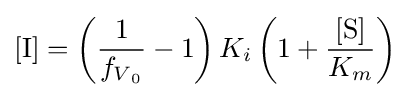
[{\ce {I}}]=\left({\frac {1}{f_{V{_{0}}}}}-1\right)K_{i}\left(1+{\frac {[{\ce {S}}]}{K_{m}}}\right)